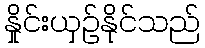
နှိုင်းယှဉ်နိုင်သည်